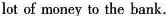
lot of money to the bank.